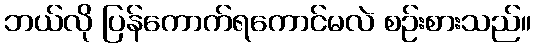
ဘယ်လို ပြန်ကောက်ရကောင်မလဲ စဉ်းစားသည်။